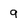
Character: q